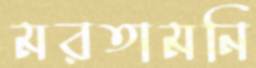
মরতামনি